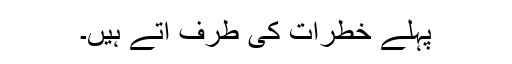
پہلے خطرات کی طرف آتے ہیں۔